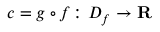
c = g \circ f \colon D _ { f } \rightarrow \mathbf { R }